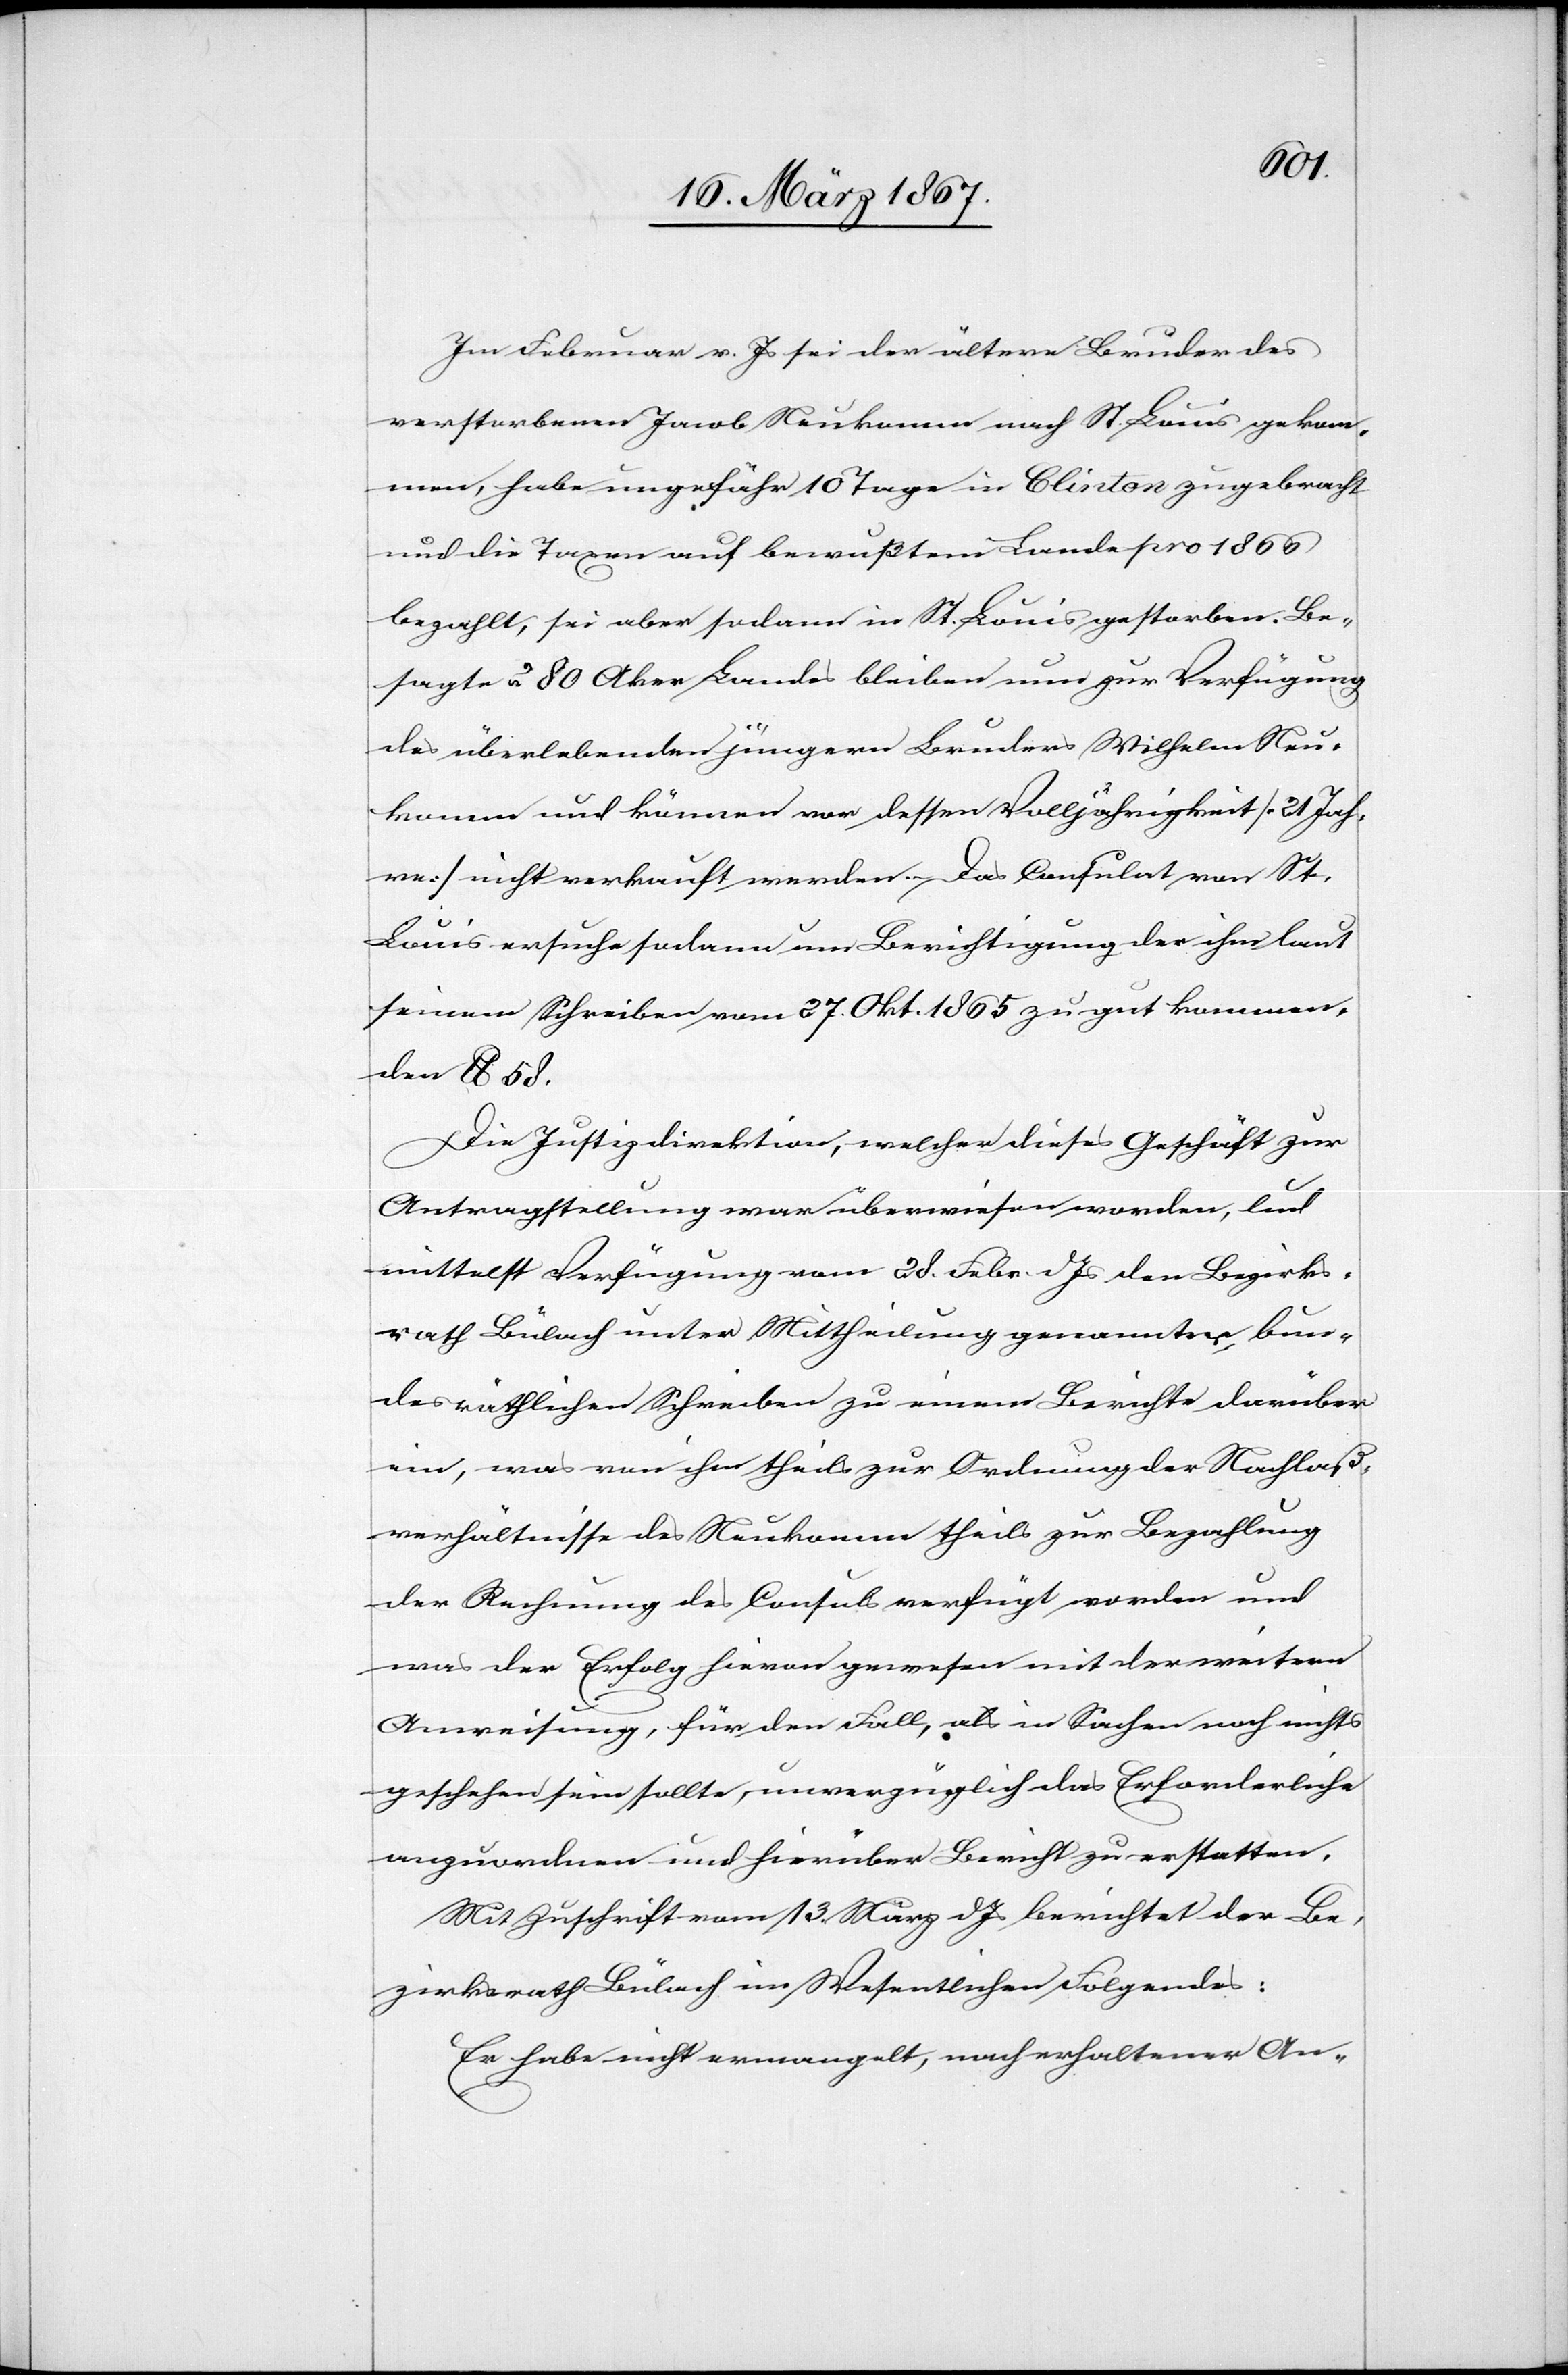
Im Februar v. Js sei der ältere Bruder des
verstorbenen Jacob Neukomm nach St. Louis gekom¬
men, habe ungefähr 10 Tage in Clinton zugebracht
und die Taxen auf bewußtem Lande pro 1866
bezahlt, sei aber sodann in St. Louis gestorben. Be¬
sagte 280 Acker Landes bleiben nun zur Verfügung
des überlebenden jüngern Bruders Wilhelm Neu¬
komm und können vor dessen Volljährigkeit [21 Jah¬
re] nicht verkauft werden. Das Consulat von St.
Louis ersuche sodann um Berichtigung der ihm laut
seinem Schreiben vom 27. Okt. 1865 zu gut kommen¬
den lb 58.
Die Justizdirektion, welcher dieses Geschäft zu
Antragstellung war überwiesen worden, lud
mittelst Verfügung vom 28. Febr. d. Js den Bezirks¬
rath Bülach unter Mittheilung genannter bun¬
desräthlichen Schreiben zu einem Berichte darüber
ein, was nun ihm theils zur Ordnung der Nachlaß¬
verhältnisse des Neukomm theils zur Bezahlung
der Rechnung des Consuls verfügt werden und
was der Erfolg hievon gewesen mit der weitern
Anweisung, für den Fall, als in Sachen noch nichts
geschehen sein sollte, unverzüglich das Erforderliche
anzuordnen und hierüber Bericht zu erstatten.
Mit Zuschrift vom 13. März d. Js berichtet der Be¬
zirksrath Bülach im Wesentlichen Folgendes:
Er habe nicht ermangelt, nach erhaltener An-